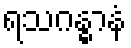
ရသဂန္ဓာနံ